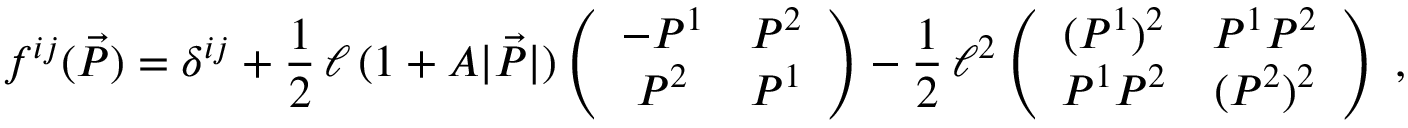
f ^ { i j } ( \vec { P } ) = \delta ^ { i j } + \frac { 1 } { 2 } \, \ell \, ( 1 + A | \vec { P } | ) \left( \begin{array} { c c } { - P ^ { 1 } } & { P ^ { 2 } } \\ { P ^ { 2 } } & { P ^ { 1 } } \end{array} \right) - \frac { 1 } { 2 } \, \ell ^ { 2 } \left( \begin{array} { c c } { ( P ^ { 1 } ) ^ { 2 } } & { P ^ { 1 } P ^ { 2 } } \\ { P ^ { 1 } P ^ { 2 } } & { ( P ^ { 2 } ) ^ { 2 } } \end{array} \right) \; ,